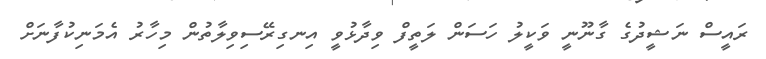
ރައީސް ނަޝީދުގެ ގާނޫނީ ވަކީލު ހަސަން ލަތީފް ވިދާޅުވީ އިނގިރޭސިވިލާތުން މިހާރު އެމަނިކުފާނަށް